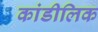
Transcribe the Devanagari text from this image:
कांडीलिक